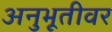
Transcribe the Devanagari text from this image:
अनुभूतीवर